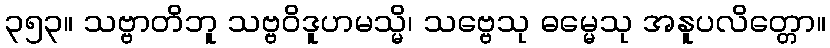
၃၅၃။ သဗ္ဗာတိဘူ သဗ္ဗဝိဒူဟမသ္မိ၊ သဗ္ဗေသု ဓမ္မေသု အနူပလိတ္တော။